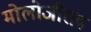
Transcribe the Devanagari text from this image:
मोलोजीराव